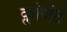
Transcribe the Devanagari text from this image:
क्लोजेट